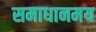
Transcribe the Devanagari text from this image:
समाधानमय